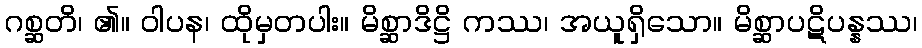
ဂစ္ဆတိ၊ ၏။ ဝါပန၊ ထိုမှတပါး။ မိစ္ဆာဒိဋ္ဌိ ကဿ၊ အယူရှိသော။ မိစ္ဆာပဋိပန္နဿ၊